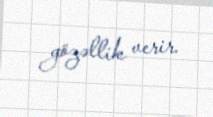
gözəllik verir.